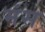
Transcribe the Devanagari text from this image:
मंस